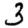
Digit: 3